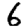
Digit: 6